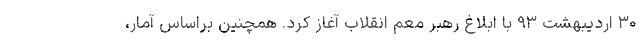
۳۰ اردیبهشت ۹۳ با ابلاغ رهبر معم انقلاب آغاز کرد. همچنین براساس آمار،